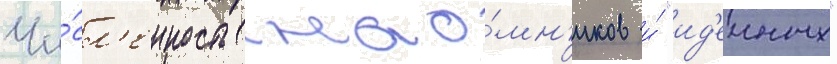
Чи́сл'енность нао́мн'иков и́ "ид'еиных"